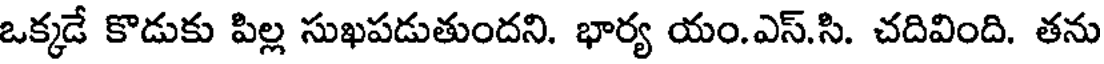
ఒక్కడే కొడుకు పిల్ల సుఖపడుతుందని. భార్య యం.ఎస్.సి. చదివింది. తను